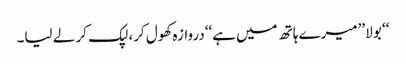
‘‘ بولا ’’میرے ہاتھ میں ہے‘‘دروازہ کھول کر، لپک کر لے لیا۔